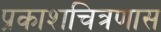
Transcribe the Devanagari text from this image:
प्रकाशचित्रणास